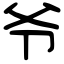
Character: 爷